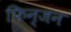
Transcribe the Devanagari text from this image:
फिन्जन